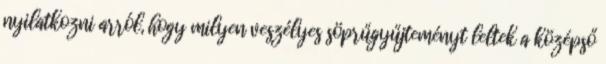
nyilatkozni arról, hogy milyen veszélyes söprűgyűjteményt leltek a középső